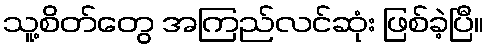
သူ့စိတ်တွေ အကြည်လင်ဆုံး ဖြစ်ခဲ့ပြီ။